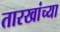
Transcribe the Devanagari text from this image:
तारखांच्या